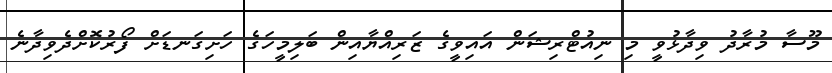
މޫސާ މުރާދު ވިދާޅުވީ މި ނިއުޓްރިޝަން އައިވީގެ ޒަރިއްޔާއިން ބަލިމީހަގެ ހަށިގަނޑަށް ފޯރުކޮށްދެވިދާނެ